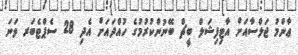
ޢާންމު ޖަލްސާއަށް އާޓިފިޝަލް ބީޗް ބޭނުންކުރުމުގެ ހުއްދައަށް އެދި 28 ސެޕްޓެބަރ ވަނަ